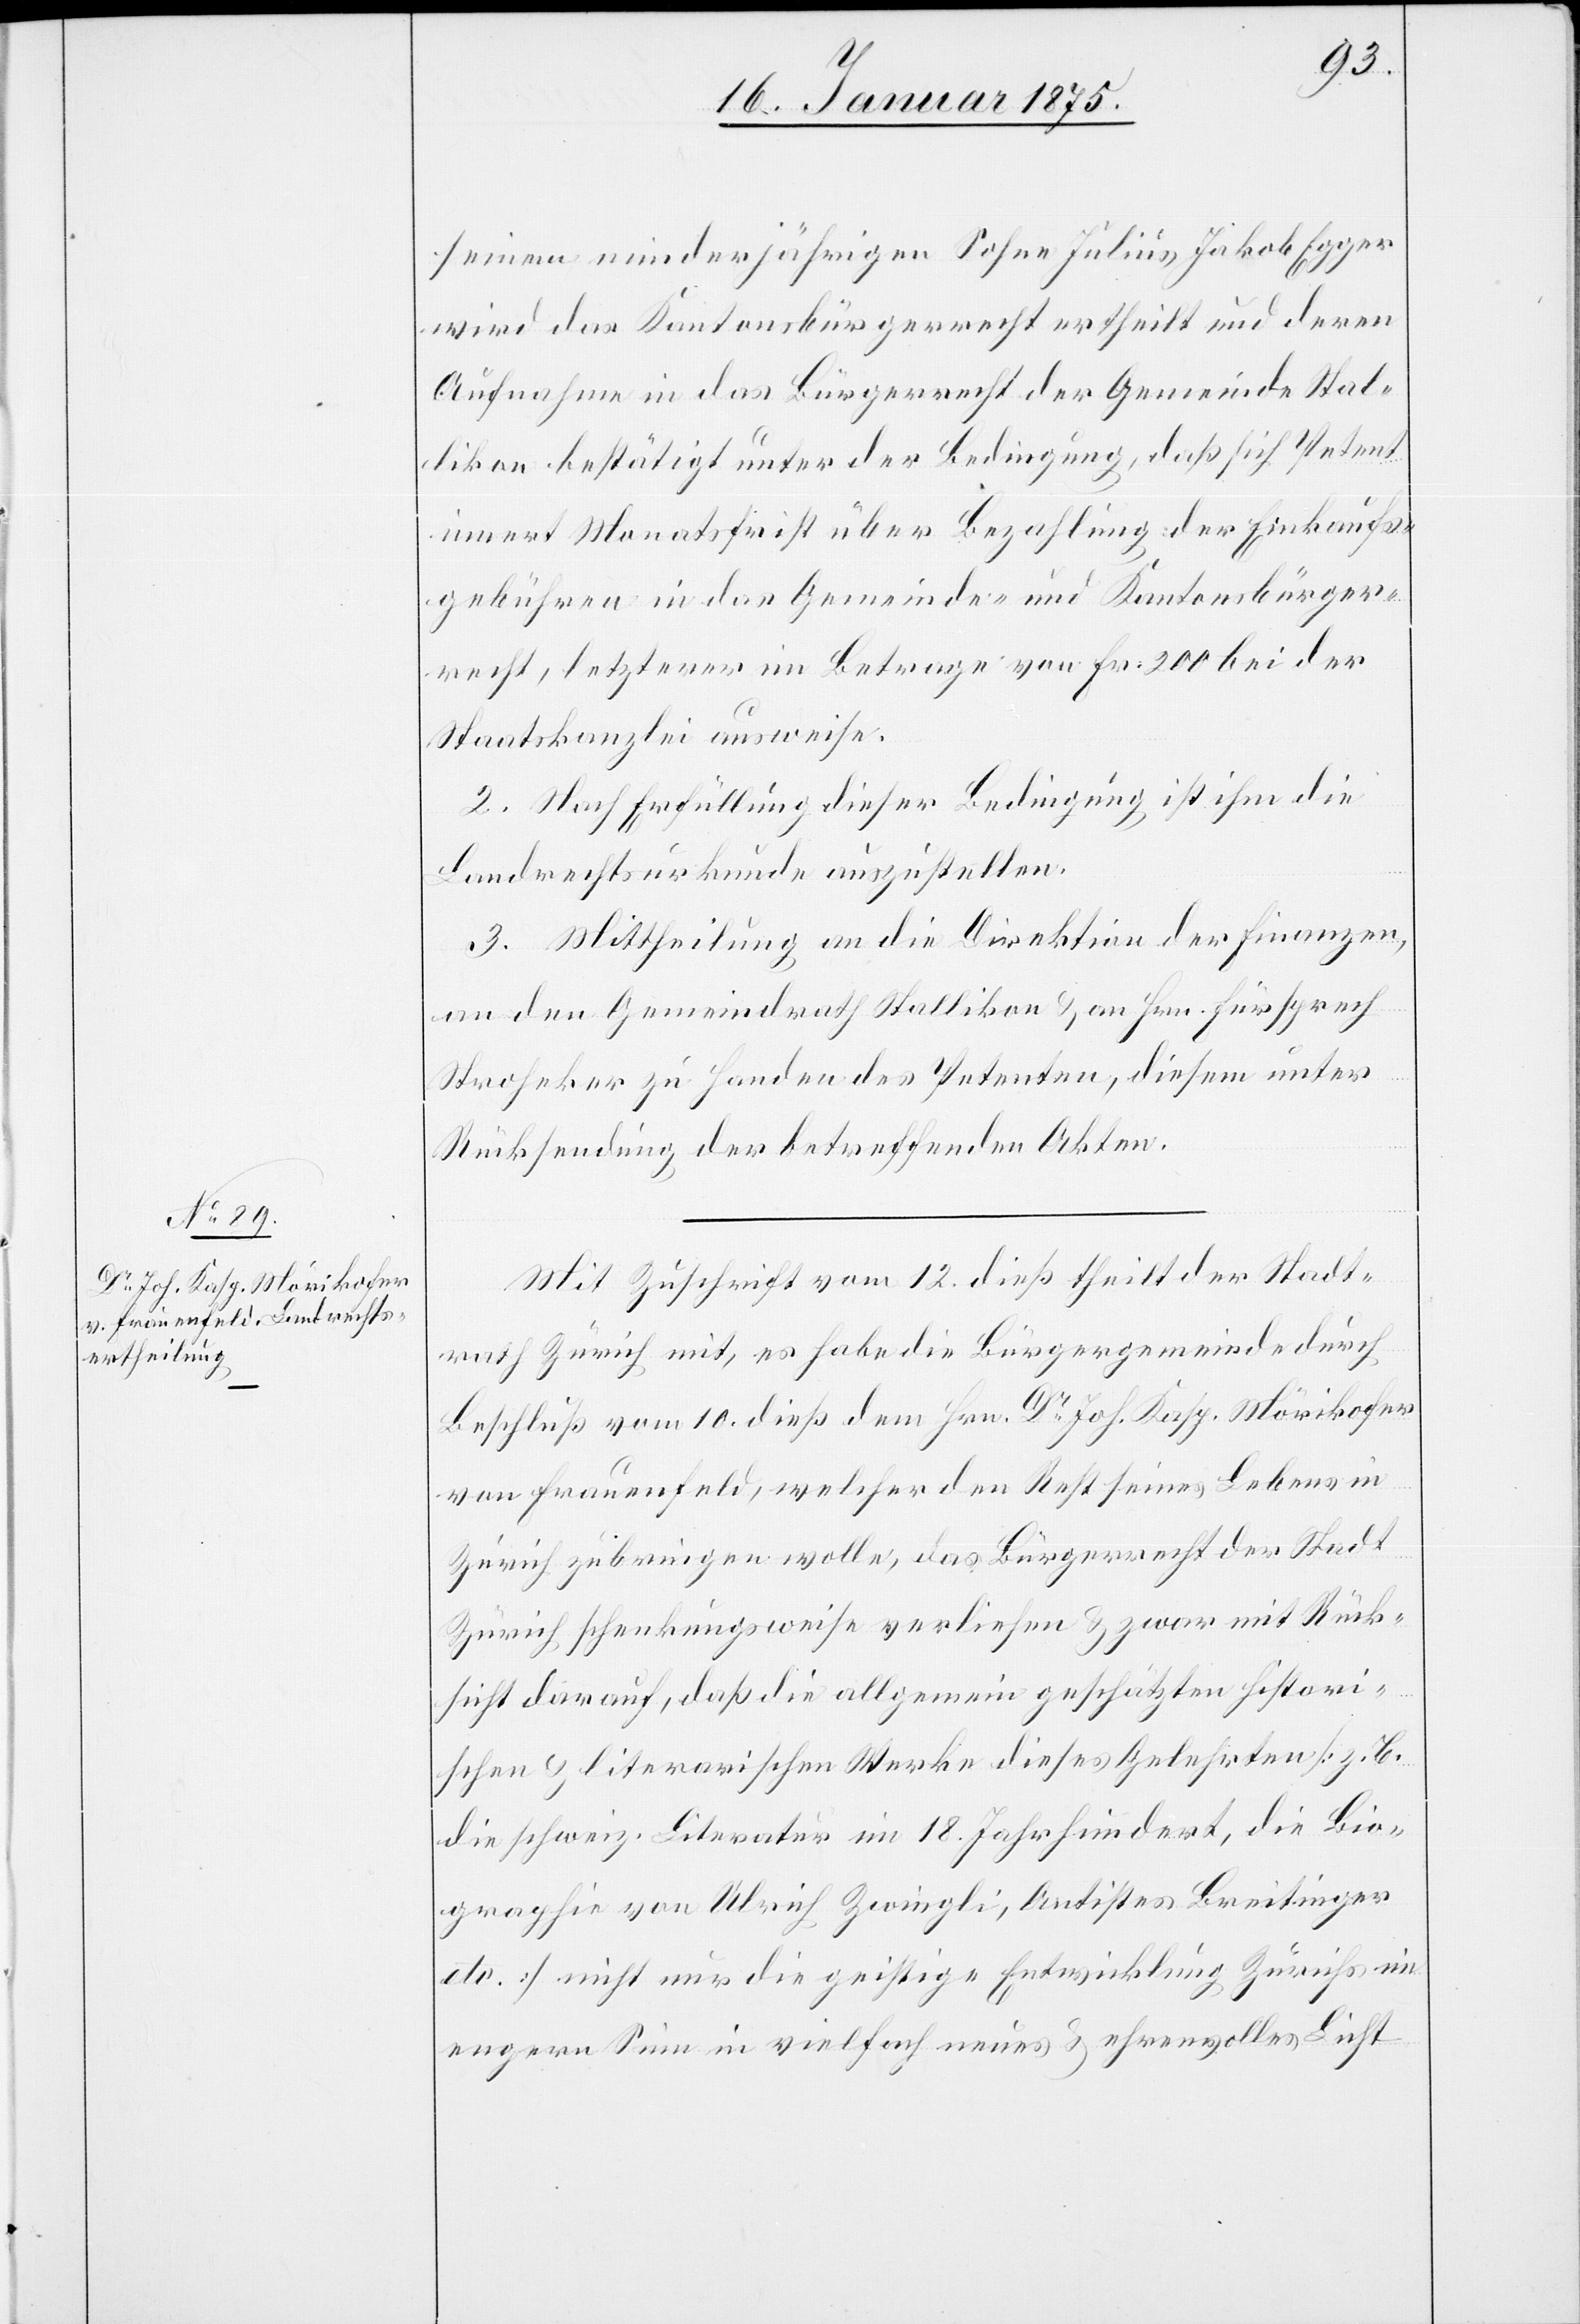
seinem minderjährigen Sohne Julius Jakob Egger
wird das Kantonsbürgerrecht ertheilt und deren
Aufnahme in das Bürgerrecht der Gemeinde Stal¬
likon bestätigt unter der Bedingung, daß sich Petent
innert Monatsfrist über Bezahlung der Einkaufs¬
gebühren in das Gemeinde- und Kantonsbürger¬
recht, letzterer im Betrage von Fr. 200 bei der
Staatskanzlei ausweise.
2. Nach Erfüllung dieser Bedingung ist ihm die
Landrechtsurkunde auszustellen.
3. Mittheilung an die Direktion der Finanzen,
an den Gemeindrath Stallikon & an Hrn. Fürsprech
Stroheker zu Handen des Petenten, diesem unter
Rücksendung der betreffenden Akten.
Mit Zuschrift vom 12. dieß theilt der Stadt¬
rath Zürich mit, es habe die Bürgergemeinde durch
Beschluß vom 10. dieß dem Hrn. Dr Joh. Kasp. Mörikhofer
von Frauenfeld, welcher den Rest seines Lebens in
Zürich zubringen wolle, das Bürgerrecht der Stadt
Zürich schenkungsweise verliehen & zwar mit Rück¬
sicht darauf, daß die allgemein geschätzten histori¬
schen & literarischen Werke dieses Gelehrten (z. B.
die schweiz. Literatur im 18. Jahrhundert, die Bio¬
graphie von Ulrich Zwingli, Antistes Breitinger
etc.) nicht nur die geistige Entwicklung Zürichs im
engern Sinne in vielfach neues & ehrenvolles Licht